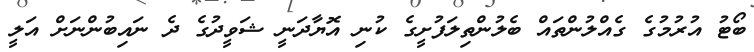
ބޯޓު އުރުމުގެ ގެއްލުންތައް ބެލުންތިލަފުށީގެ ކުނި އޮޔާދަނީ ޝަވީދުގެ ދެ ނައިބުންނަށް އަލީ